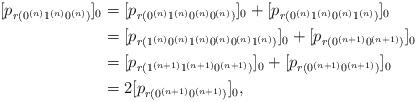
LaTeX: \begin{align*}[p_{r(0^{(n)}1^{(n)}0^{(n)})}]_0 & = [p_{r(0^{(n)}1^{(n)}0^{(n)}0^{(n)})}]_0 + [p_{r(0^{(n)}1^{(n)}0^{(n)}1^{(n)})}]_0 \\& = [p_{r(1^{(n)}0^{(n)}1^{(n)}0^{(n)}0^{(n)}1^{(n)})}]_0 + [p_{r(0^{(n+1)}0^{(n+1)})}]_0 \\& = [p_{r(1^{(n+1)}1^{(n+1)}0^{(n+1)})}]_0 + [p_{r(0^{(n+1)}0^{(n+1)})}]_0 \\& = 2 [p_{r(0^{(n+1)}0^{(n+1)})}]_0, \end{align*}